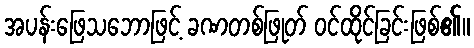
အပန်းဖြေသဘောဖြင့် ခဏတစ်ဖြုတ် ဝင်ထိုင်ခြင်းဖြစ်၏။